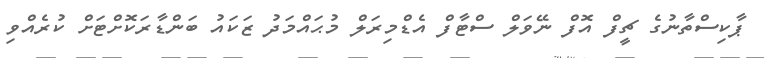
ޕާކިސްތާނުގެ ޗީފް އޮފް ނޭވަލް ސްޓާފް އެޑްމިރަލް މުޙައްމަދު ޒަކައު ބަންޑާރަކޮށްޓަށް ކުރެއްވި